Vaccination North-Western Provinces and Oudh 1896-1901 - 1896-1901
Year: 1896
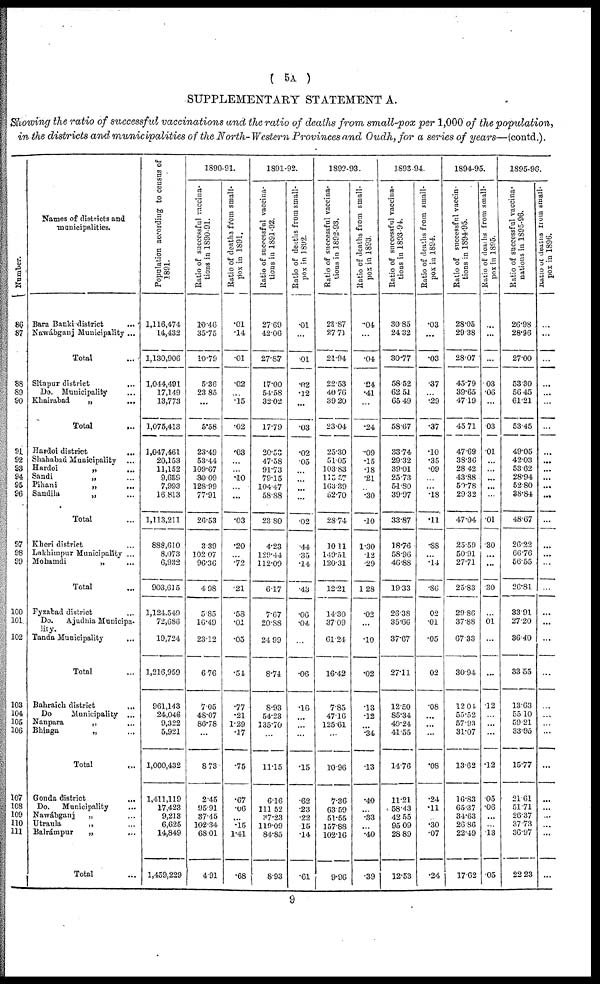
( 5A )
SUPPLEMENTARY STATEMENT A.
Showing the ratio of successful vaccinations and the ratio of deaths from small-pox per 1,000 of the population,
in the districts and municipalities of the North- Western Provinces and Oudh, for a series of years—(contd.).
Number.
86
87
88
89
90
91
92
93
94
95
96
97
98
99
100
101
102
103
104
105
106
107
108
109
110
111
Names of districts and
municipalities.
Bara Banki district ...
Nawábganj Municipality ...
Total ...
Sitapur district ...
Do. Municipality ...
Khairabad
„
...
Total
...
Hardoi district ...
Shahabad Municipality ...
Hardoi
„
Sandi
„ ...
Pihani
„
...
Sandila
„ ...
Total ...
Kheri district ...
Lakhimpur Municipality ...
Mohamdi
„ ...
Total ...
Fyzabad district ...
Do. Ajudhia Municipa¬
lity.
Tanda Municipality ...
Total ...
Bahraich district ...
Do
Municipality ...
Nanpara
„ ...
Bhinga
„ ...
Total ...
Gonda district
...
Do.
Municipality ...
Nawábganj
„ ...
Utraula
„ ...
Balrámpur
„ ...
Total ...
Population according to census of
1891.
1,116,474
14,432
1,130,906
1,044,491
17,149
13,773
1,075,413
1,047,461
20,153
11,152
9,639
7,993
16,813
1,113,211
888,610
8,073
6,932
903,615
1,124,549
72,686
19,724
1,216,959
961,143
24,046
9,322
5,921
1,000,432
1,411,119
17,423
9,213
6,625
14,849
1,459,229
1890-91.
Ratio of successful vaccina-
tions in 1890-91.
10.46
35.75
10.79
5.36
23.85
...
5.58
23.49
53.44
109.67
30.09
128.99
77.91
26.53
3.39
102.07
96.36
4.98
5.85
16.49
23.12
6.76
7.05
48.07
86.78
...
8.73
2.45
95.91
37.45
102.34
68.01
4.91
Ratio of deaths from small-
pox in 1891.
.01
.14
.01
.02
...
.15
.02
.03
....
...
.10
...
...
.03
.20
...
.72
.21
.53
.01
.05
.54
.77
.21
1.29
.17
.75
.67
.06
...
.15
1.41
.68
1891-92.
Ratio of successful vaccina-
tions in 1891-92.
27.69
42.06
27.87
17.00
54.58
32.02
17.79
20.53
47.58
91.73
79.15
104.47
58.88
23.80
4.23
129.44
112.09
6.17
7.67
20.88
24.99
8.74
8.93
54.23
135.70
...
11.15
6.16
111.52
37.23
119.09
84.85
8.93
Ratio of deaths from small-
pox in 1892.
.01
...
.01
.02
.12
...
.03
.02
.05
...
...
...
...
.02
.44
...
.14
.43
.06
.04
...
.06
.16
...
...
...
.15
.62
.23
.22
15
.14
.61
1892-93.
Ratio of successful vaccina-
tions in 1892-93.
23.87
27.70
21.94
22.53
40.76
39.20
23.04
25.30
51.05
103.83
115.57
163.39
52.70
28.74
10.11
149.51
120.31
12.21
14.30
37.09
61.24
16.42
7.85
47.16
125.61
...
10.96
7.36
63.59
51.55
157.88
102.16
9.96
Ratio of deaths from small-
pox in 1893.
.04
...
.04
.24
.41
...
.24
.09
.15
.18
.21
...
.30
.10
1.30
.12
.29
1.28
.02
...
.10
.02
.13
.12
...
.34
.13
.40
...
.33
...
.40
.39
1893-94.
Ratio of successful vaccina-
tions in 1893-94.
30.85
24.32
30.77
58.52
62.51
65.49
58.67
33.74
29.32
39.01
25.73
51.80
39.97
33.87
18.76
58.96
46.88
19.33
26.38
35.66
37.67
27.11
12.50
85.34
49.24
41.55
14.76
11.21
58.43
12.55
95.09
28.89
12.53
Ratio of deaths from small-
pox in 1894.
.03
...
.03
.37
...
.29
.37
.10
.35
.09
...
...
.18
.11
.88
...
.14
.86
.02
.01
.05
.02
.08
...
...
...
.08
.24
.11
.30
.07
.24
1894-95.
Ratio of successful vaccin¬
tions in 1894-95.
28.05
29.38
28.07
45.79
39.65
47.19
45.71
47.69
38.36
28.42
43.88
50.78
29.32
47.04
25.59
50.91
27.71
25.83
29.86
37.88
67.33
30.94
12.04
55.52
57.93
31.07
13.62
16.83
65.37
34.63
26.86
22.49
17.62
Ratio of deaths from small-
pox in 1895.
...
...
...
.03
.06
...
.03
.01
...
...
...
...
...
.01
.30
...
...
.30
...
.01
...
...
.12
...
...
...
.12
.05
.06
...
...
.13
.05
1895-96.
Ratio of successful vaccina¬
nations in 1895-96.
26.98
28.96
27.00
53.30
56.45
61.21
53.45
49.05
42.03
53.62
28.94
52.80
38.84
48.67
26.22
66.76
56.55
26.81
33.91
27.20
36.40
33.55
13.63
55.10
59.21
33.95
15.77
21.61
51.71
26.37
37.73
36.97
22.23
Ratio of deaths from small¬
pox in 1896.
...
...
...
...
...
...
...
...
...
...
...
...
...
...
...
...
...
...
...
...
...
...
...
...
...
...
...
...
...
...
...
...
...
9